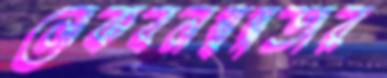
লোকবলস্বল্পতার